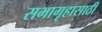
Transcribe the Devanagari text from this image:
सभागृहासाठी